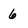
Character: 6